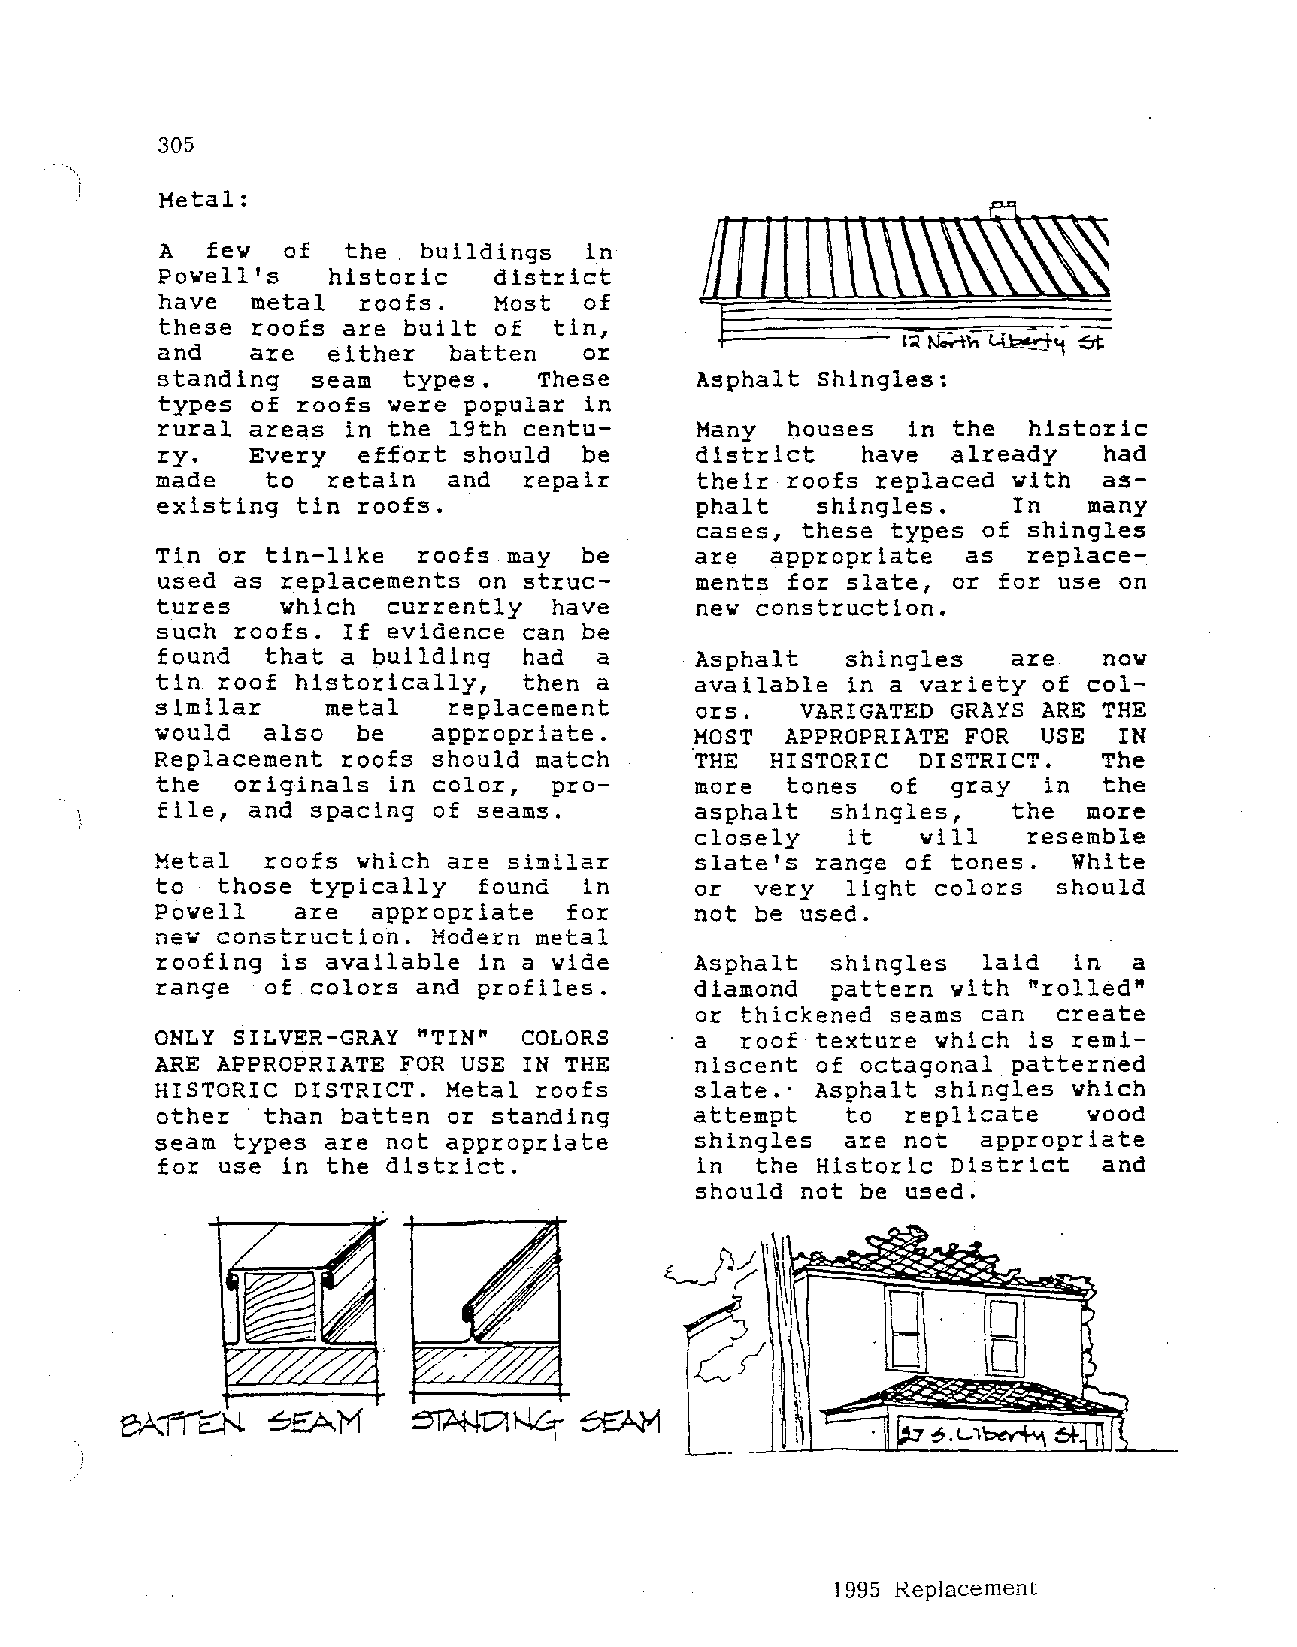
305
 Metal:
 A  few  of  the . buildings in
 Powell's   historic   district
 have  metal  roofs.   Host  of
 these roofs are built of  tin,
 l":l Nff-lh"-~~ 61:
 and   are  either  batten   or
 standing  seam  types.   These     Asphalt Shingles:
 types of roofs were popular in
 rural areas in the 19th centu      Many  houses  in the  historic
 ry.   Every  effort should  be     district   have  already   had
 made   to  retain  and  repair     their roofs replaced with  as
 existing tin roofs.                phalt   shingles.    In   many
 cases, these types of shingles
 Tin or tin-like  roofs may  be     are  appropriate  as  replace
 used as replacements on struc      ments for slate, or for use on
 tures   which  currently  have     new construction.
 such roofs. If evidence can be
 found  that a building  had  a     Asphalt   shingles   are   nov
 tin roof historically,  then a     available in a variety of col
 similar     metal   replacement     ors.   VARIGATED GRAYS ARE THE
 would  also  be   appropriate.     MOST  APPROPRIATE FOR  USE  IN
 Replacement  roofs should match     THE  HISTORIC  DISTRICT.   The
 the  originals in color,  pro      more  tones  of  gray  in  the
 file, and spacing of seams.        asphalt  shingles,   the  more
 closely   it   will   resemble
 Metal  roofs which are similar     slate's range of tones.  White
 to  those typically  found  in     or  very  light colors  should
 Powell   are  appropriate  for     not be used.
 new construction. Modern metal
 roofing is available in a wide     Asphalt  shingles  laid  in  a
 range  of colors and profiles.     diamond  pattern with "rolled"
 or thickened seams can  create
 ONLY SILVER-GRAY "TIN"  COLORS     a  roof texture which is remi
 ARE APPROPRIATE FOR USE IN THE     niscent of octagonal patterned
 HISTORIC DISTRICT. Metal roofs     slate.· Asphalt shingles which
 other · than batten or standing    attempt   to  replicate   wood
 seam types are not appropriate     shingles  are not  appropriate
 for use in the district.           in  the Historic District  and
 should not be used.
 1995 Replacement